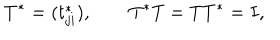
T ^ { * } = ( t _ { j i } ^ { * } ) , \qquad T ^ { * } T = T T ^ { * } = I ,